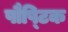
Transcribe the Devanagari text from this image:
पौषि्टक